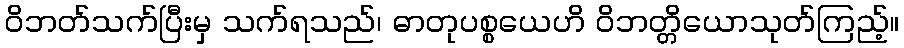
ဝိဘတ်သက်ပြီးမှ သက်ရသည်၊ ဓာတုပစ္စယေဟိ ဝိဘတ္တိယောသုတ်ကြည့်။